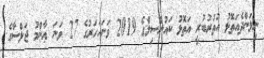
ނިލަންދެއަތޮޅު އުތުރުބުރީ އަތޮޅު ކައުންސިލްގެ 2019 ވަނައަހަރުގެ 27 ވަނަ ޢާންމު ޖަލްސާގެ